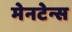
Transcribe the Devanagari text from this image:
मेनटेन्स